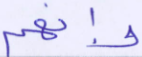
وإنهم